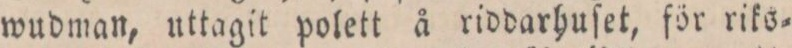
wudman, uttagit polett å riddarhuſet, för riks=